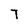
Character: T